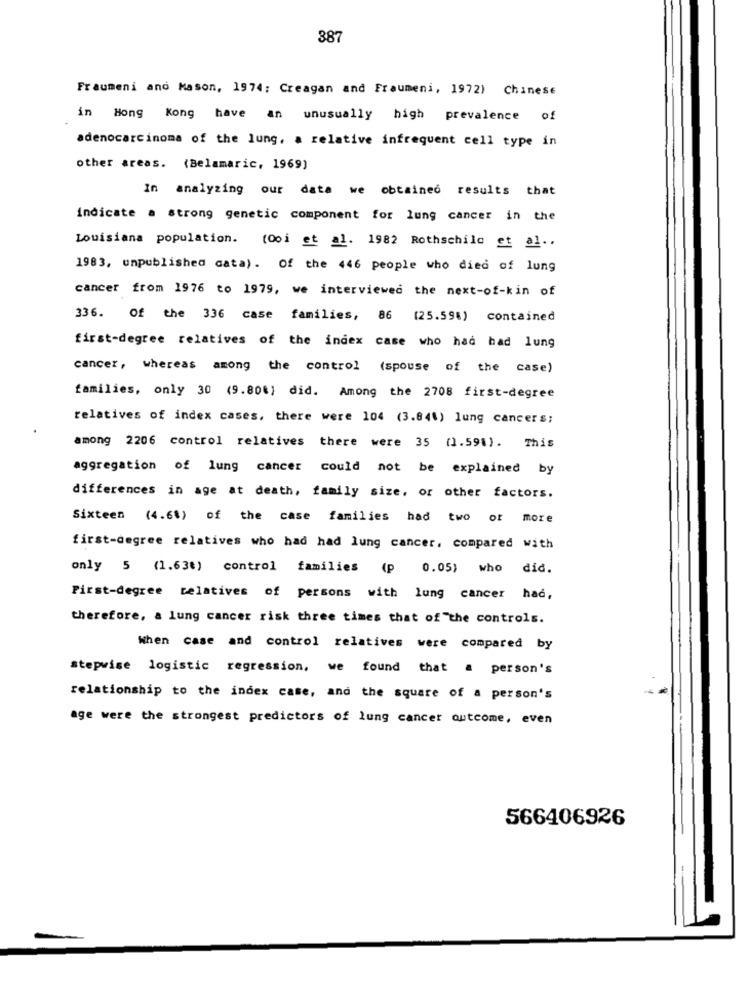
387
Fraumeni and Mason, 1974; Creagan and Fraumeni, 1972) Chinese
in Hong Kong have an unusually high prevalence of
adenocarcinoma of the lung, a relative infrequent cell type in
other areas. (Belamaric, 1969)
In analyzing our data we obtained results that
indicate a strong genetic component for lung cancer in the
Louisiana population. (Ooi et al. 1982 Rothschild et al ..
1983, unpublished cata). Of the 446 people who died of lung
cancer from 1976 to 1979, we interviewed the next-of-kin of
336.
Of the 336 case families, 86 (25.598) contained
first-degree relatives of the index case who had had lung
cancer, whereas among the control (spouse of the case)
families, only 30 (9.800) did. Among the 2708 first-degree
relatives of index cases, there were 104 (3.841) lung cancers;
among 2206 control relatives there were 35 (1.591). This
aggregation of lung cancer could not be explained by
differences in age at death, family size, or other factors.
Sixteen (4.6%) of the case families had two or more
first-degree relatives who had had lung cancer, compared with
only 5 (1.63€) control families (p 0.05) who did.
First-degree relatives of persons with lung cancer had,
therefore, a lung cancer risk three times that of the controls.
When case and control relatives were compared by
stepwise logistic regression, we found that a person's
relationship to the index case, and the square of a person's
age were the strongest predictors of lung cancer outcome, even
566406926